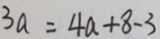
3 a = 4 a + 8 - 3